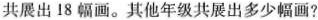
共展出18幅画。其他年级共展出多少幅画?